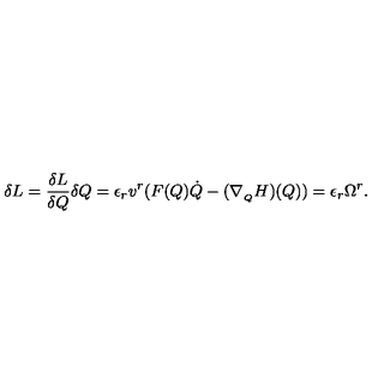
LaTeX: \delta L = \frac { \delta L } { \delta Q } \delta Q = \epsilon _ { r } v ^ { r } ( F ( Q ) \dot { Q } - ( \nabla _ { _ Q } H ) ( Q ) ) = \epsilon _ { r } \Omega ^ { r } .